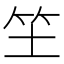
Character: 𥫦